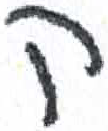
אות: ק